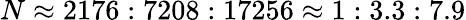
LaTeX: N\approx 2176:7208:17256\approx 1:3.3:7.9